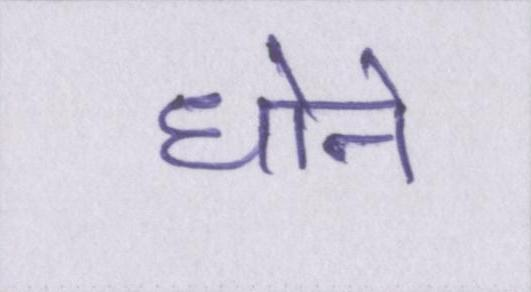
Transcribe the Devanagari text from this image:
धोने